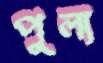
পুল্য